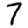
Digit: 7